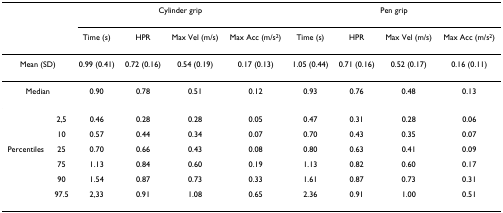
<table><thead><tr><td></td><td></td><td colspan="4"><b>Cylinder grip</b></td><td colspan="4"><b>Pen grip</b></td></tr><tr><td></td><td></td><td><b>Time (s)</b></td><td><b>HPR</b></td><td><b>Max Vel (m/s)</b></td><td><b>Max Acc (m/s<sup>2</sup>)</b></td><td><b>Time (s)</b></td><td><b>HPR</b></td><td><b>Max Vel (m/s)</b></td><td><b>Max Acc (m/s<sup>2</sup>)</b></td></tr></thead><tbody><tr><td colspan="2">Mean (SD)</td><td>0.99 (0.41)</td><td>0.72 (0.16)</td><td>0.54 (0.19)</td><td>0.17 (0.13)</td><td>1.05 (0.44)</td><td>0.71 (0.16)</td><td>0.52 (0.17)</td><td>0.16 (0.11)</td></tr><tr><td colspan="2">Median</td><td>0.90</td><td>0.78</td><td>0.51</td><td>0.12</td><td>0.93</td><td>0.76</td><td>0.48</td><td>0.13</td></tr><tr><td></td><td>2,5</td><td>0.46</td><td>0.28</td><td>0.28</td><td>0.05</td><td>0.47</td><td>0.31</td><td>0.28</td><td>0.06</td></tr><tr><td></td><td>10</td><td>0.57</td><td>0.44</td><td>0.34</td><td>0.07</td><td>0.70</td><td>0.43</td><td>0.35</td><td>0.07</td></tr><tr><td>Percentiles</td><td>25</td><td>0.70</td><td>0.66</td><td>0.43</td><td>0.08</td><td>0.80</td><td>0.63</td><td>0.41</td><td>0.09</td></tr><tr><td></td><td>75</td><td>1.13</td><td>0.84</td><td>0.60</td><td>0.19</td><td>1.13</td><td>0.82</td><td>0.60</td><td>0.17</td></tr><tr><td></td><td>90</td><td>1.54</td><td>0.87</td><td>0.73</td><td>0.33</td><td>1.61</td><td>0.87</td><td>0.73</td><td>0.31</td></tr><tr><td></td><td>97.5</td><td>2,33</td><td>0.91</td><td>1.08</td><td>0.65</td><td>2.36</td><td>0.91</td><td>1.00</td><td>0.51</td></tr></tbody></table>